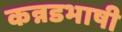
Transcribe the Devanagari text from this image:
कन्नडभाषी